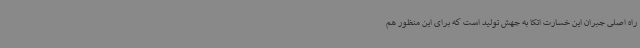
راه اصلی جبران این خسارت اتکا به جهش تولید است که برای این منظور هم